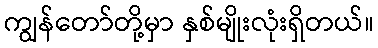
ကျွန်တော်တို့မှာ နှစ်မျိုးလုံးရှိတယ်။